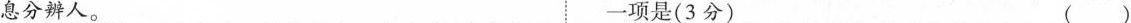
息分辨人。 一项是(3分)（）